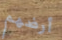
أرضهم